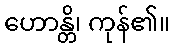
ဟောန္တိ၊ ကုန်၏။